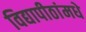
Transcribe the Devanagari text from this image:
विद्यापीठांमधे